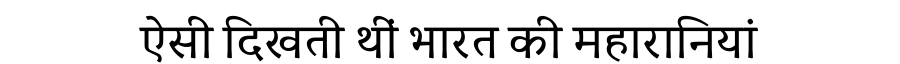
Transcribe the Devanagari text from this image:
ऐसी दिखती थीं भारत की महारानियां